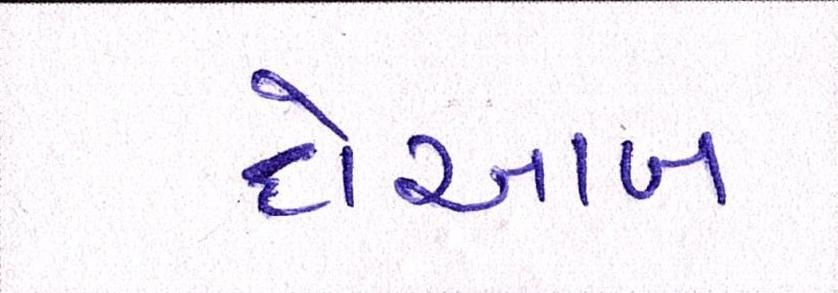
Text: દોઆબ